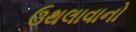
ઉથલાવાનો